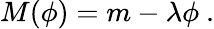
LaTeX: M(\phi)=m-\lambda\phi\ .